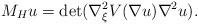
LaTeX: \begin{align*}M_Hu = \det(\nabla_{\xi}^2V(\nabla u)\nabla^2u).\end{align*}